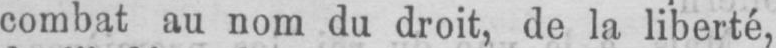
combat au nom du droit, de la liberté,